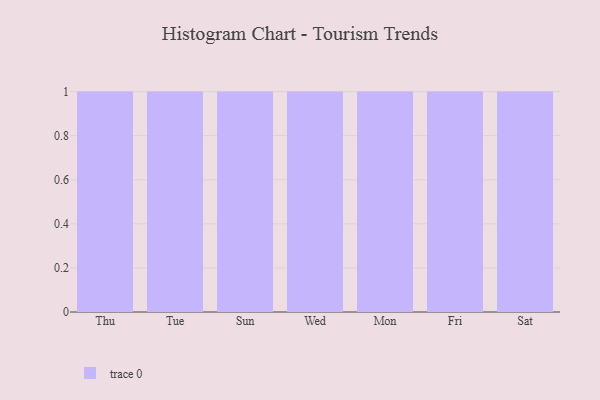
{"axis": {"x": "Day", "y": "Temperature (°C)"}, "legend": [""], "data": [{"x": "Thu", "y": 26, "type": ""}, {"x": "Tue", "y": 98, "type": ""}, {"x": "Sun", "y": 28, "type": ""}, {"x": "Wed", "y": 44, "type": ""}, {"x": "Mon", "y": 3, "type": ""}, {"x": "Fri", "y": 44, "type": ""}, {"x": "Sat", "y": 33, "type": ""}]}